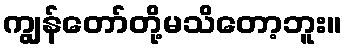
ကျွန်တော်တို့မသိတော့ဘူး။